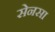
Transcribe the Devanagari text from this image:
सेनसा